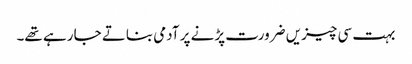
بہت سی چیزیں ضرورت پڑنے پر آدمی بناتے جا رہے تھے۔